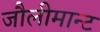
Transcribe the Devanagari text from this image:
जौलीमान्‍ट